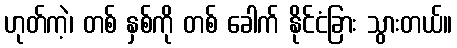
ဟုတ်ကဲ့၊ တစ် နှစ်ကို တစ် ခေါက် နိုင်ငံခြား သွားတယ်။